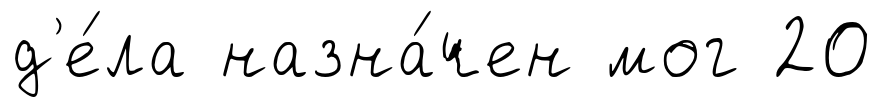
д'е́ла назна́чен мог 20